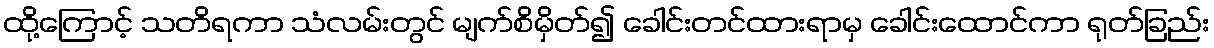
ထို့ကြောင့် သတိရကာ သံလမ်းတွင် မျက်စိမှိတ်၍ ခေါင်းတင်ထားရာမှ ခေါင်းထောင်ကာ ရုတ်ခြည်း